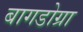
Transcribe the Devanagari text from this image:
बागडोग्रा